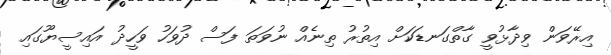
އިރޭވަން ވިދާޅުވީ ގާތްގަނޑަކަށް އިތުރު ތިނެއް ނުވަތަ ފަސް ދުވަހު ވަހީދު އައިސީޔޫގައި